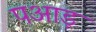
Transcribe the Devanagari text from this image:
पआड़